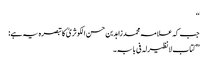
‘‘
جب کہ علامہ محمد زاہد بن حسن الکوثریؒ کا تبصرہ یہ ہے:
’’کتاب لانظیرلہ فی بابہ۔